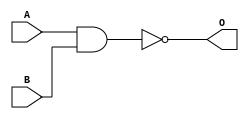
/*
Serra BOZKURT 150190710 
Sule Beyza KARADAG 150180024
Ahmet Furkan KAVRAZ 150190024
*/

`timescale 1ns / 1ps

module NAND_Gate(
    input wire A,
    input wire B,
    output wire O
    );
    assign O = ~(A & B);
endmodule

module SR_Latch_withoutEnable(
    input wire S,
    input wire R,
    output wire Q,
    output wire Qn
    );
    
    NAND_Gate nand1(S, Qn, Q);
    NAND_Gate nand2(R, Q, Qn);
    
endmodule


module SR_Latch_withEnable(
    input wire S,
    input wire R,
    input wire E,
    output wire Q,
    output wire Qn
    );
    wire S1, R1;
    
    NAND_Gate nand1(E, S, S1);
    NAND_Gate nand2(E, R, R1);
    
    NAND_Gate nand3(S1, Qn, Q);
    NAND_Gate nand4(R1, Q, Qn);
    
endmodule


module D_Latch(
    input wire D,
    input wire E,
    output wire Q,
    output wire Qn   
    );
    wire not_D, var1, var2;
    
    NAND_Gate nand0(D, D, not_D);
    
    NAND_Gate nand1(E, D, var1);
    NAND_Gate nand2(E, not_D, var2);
    
    NAND_Gate nand3(var1, Qn, Q);
    NAND_Gate nand4(var2, Q, Qn);
endmodule


module D_FlipFlop(
    input wire D,
    input wire C,
    output wire Q,
    output wire Qn     
    );
    wire Qm, not_Qm, not_C;
    
    NAND_Gate nand1(C, C, not_C);
    
    D_Latch d1(D, not_C, Qm, not_Qm);
    
    D_Latch d2(Qm, C, Q, Qn);
endmodule



module notgate( input A, output B);
  assign B = ~A;
endmodule



module shift_register_16(input [15:0] I,
  input clock,
  input load,
  output shift_out
);
    reg  bit0,bit1,bit2,bit3,
    bit4,bit5,bit6,bit7,
    bit8,bit9,bit10,bit11,
    bit12,bit13,bit14,bit15;
    wire  l;
    notgate n1(load,l);

    assign shift_out = bit15;
  
  always @(posedge clock)
    begin
      bit15 <= (bit14 &  l) | (I[15] & load ) ;
      bit14 <= (bit13 &  l) | (I[14] & load ) ;
      bit13 <= (bit12 &  l) | (I[13] & load ) ;
      bit12 <= (bit11 &  l) | (I[12] & load ) ;
      
      bit11 <= (bit10 &  l) | (I[11] & load ) ;
      bit10 <= (bit9 &  l) | (I[10] & load ) ;
      bit9  <= (bit8 &  l) | (I[9] & load ) ;
      bit8  <= (bit7  &  l) | (I[8] & load ) ;

      bit7 <= (bit6 &  l) | (I[7] & load ) ;
      bit6 <= (bit5 &  l) | (I[6] & load ) ;
      bit5 <= (bit4 &  l) | (I[5] & load ) ;
      bit4 <= (bit3 &  l) | (I[4] & load ) ;
      
      bit3 <= (bit2 &  l) | (I[3] & load ) ;
      bit2 <= (bit1 &  l) | (I[2] & load ) ;
      bit1 <= (bit0 &  l) | (I[1] & load ) ;
      bit0 <= (bit15 &  l) | (I[0] & load ) ;
    end
endmodule